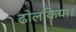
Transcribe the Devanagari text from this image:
ढोलकिया।